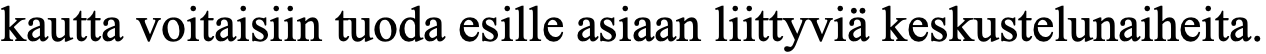
kautta voitaisiin tuoda esille asiaan liittyviä keskustelunaiheita.